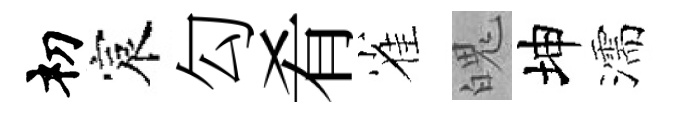
𥘉宸勾肴雀魄坤濡